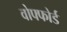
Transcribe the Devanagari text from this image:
वोफ्फोर्ड